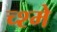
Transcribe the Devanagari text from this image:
च्श्मे